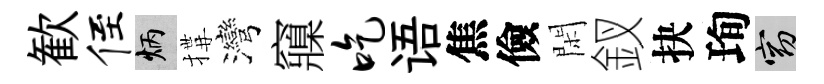
歓侄炳搆灣䆿吃语焦儉閑釵抉珣窈